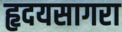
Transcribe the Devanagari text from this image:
हृदयसागरा